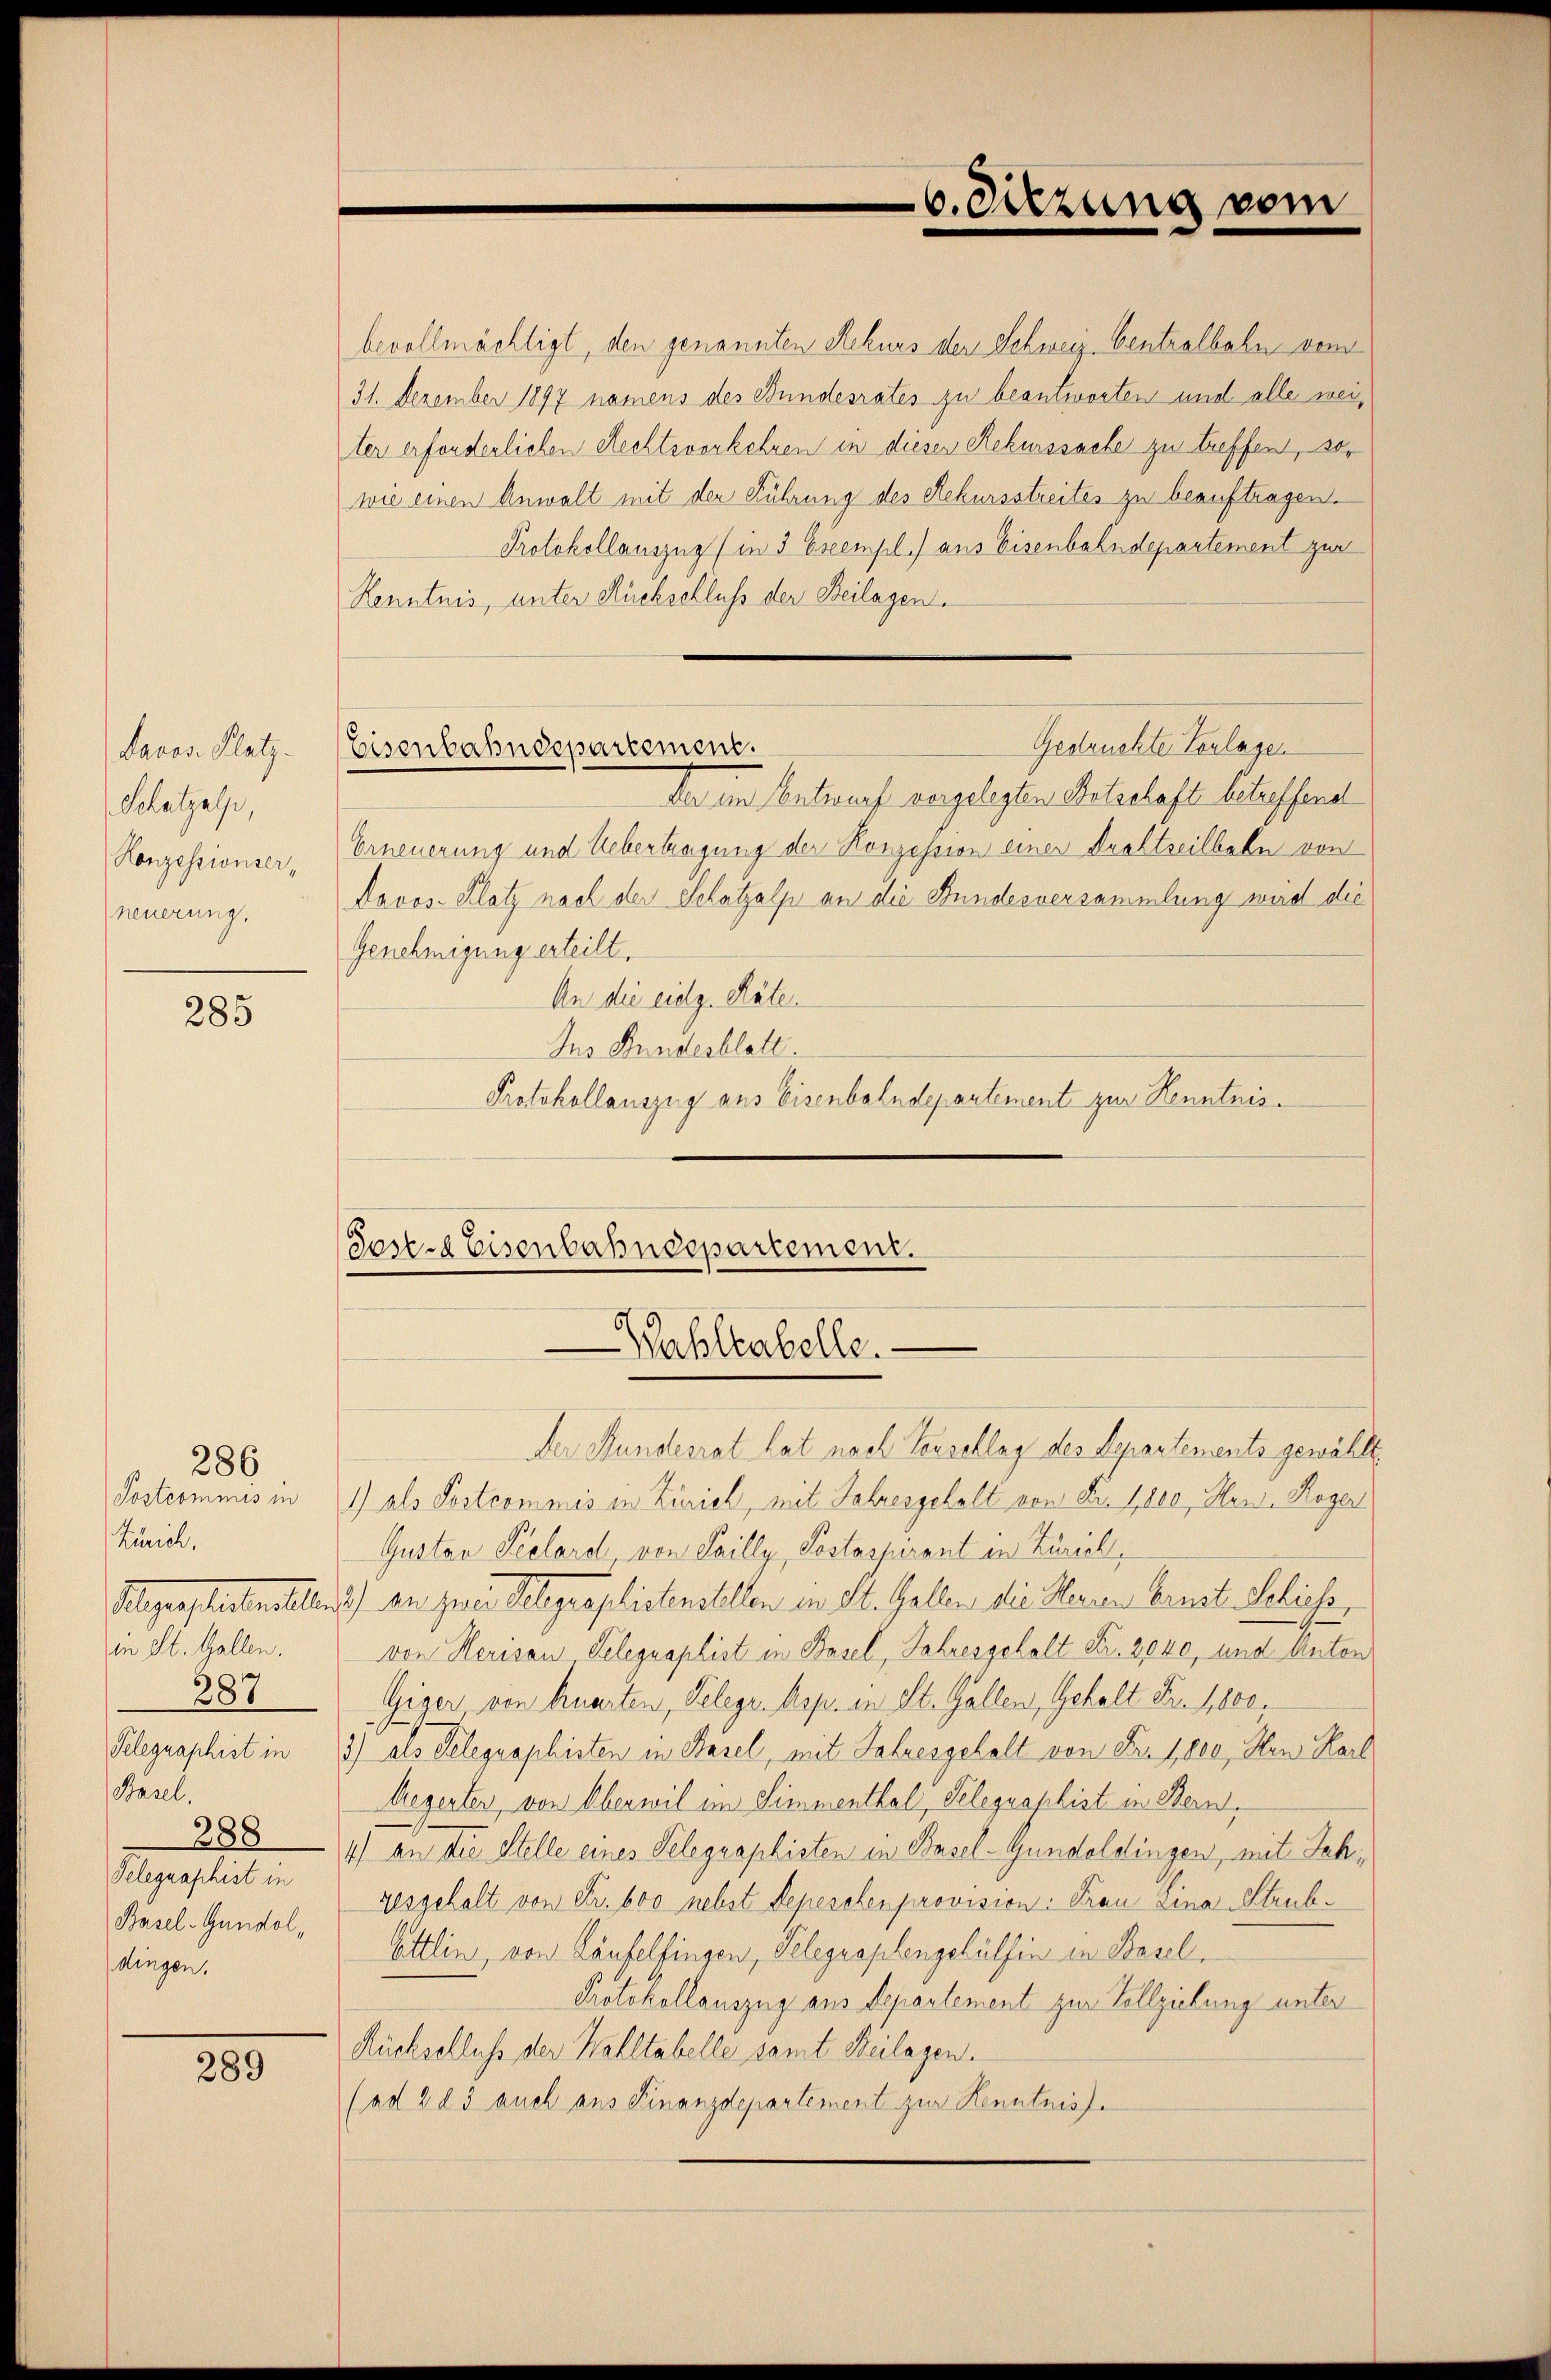
Jaros. Platz.
Schatzels,
Honzessionserneuerung.

285

Postcommis in
Zürich.
in St. Gallen.
287
Telegraphist in
Hasel.
288
Telegraphist in
Basel-Gundol,
Mingen.

286

205

Eisenbahndepartement.

bevollmächtigt, den genannten Rekurs der Schweiz. Centralbahn vom
31. Dezember 1897 namens des Bundesrates zu beantworten und alle weiter erforderlichen Rechtsvorkehren in dieser Rekurssache zu treffen, sowie einen Anwalt mit der Führung des Rekursstreites zu beauftragen.
Protokollauszug (in 3 Exempl. aus Eisenbahndepartement zur
Kenntnis, unter Rückschluss der Beilagen.
Gedrückte Vorlagen
Der in Entwurf vorgelegten Betschaft betreffend
Erneuerung und Uebertragung der Konzession einer Drahtseilbahn von
Davos- Platz nach der Schatzalp an die Bundesversammlung wird die
Genehmigung erteilt.
An die eidg. Räte
Ins Bundesblatt.
Protokollauszug aus Eisenbahndepartement zur Kenntnis¬

Sostra Eisenbahndepartement.
Wahlkabelle.

6. Dierung vom

Der Stundesrat hat nach Verschlag des Departements gewählt
1) als Postcommis in Zürich, mit Jahresgehalt von Nr. 1800, Hrn. Reger
Gustan Seelard, von Sailly, Postaspirant in Zürich,
Flegenstückenstlen) an zwei Gelegraphistenstellen an St. Gallen die Herren brust Schiehe,
von Herisau Telegraphist in Basel, Jahresgehalt Fr. 2040, und Anton
Giger von tuarten, Gelegr. Asp. in St. Gallen, Gehalt Fr. 1800
3) als Telegraphisten in Basel, mit Jahresgehalt von Preslle, Hrn Karl
Aegerter, von Oberwil im Simmenthal, Selegraphist in Bern,
4) an die Stelle eines Telegraphisten in Basel-Gundoldingen, mit Jahresgehalt von Fr. 600 nebst Depeschenprovision: Frau Lina Strub.
Ettlin, von Laufelfingen, Telegraphengehülfen in Basel¬
Protokollauszug aus Separtement zur Vollziehung unter
Rückschluß der Wahltabelle samt Beilagen.
(ad 2 § 3 auch aus Finanzdepartement zur Kenntnisse